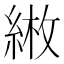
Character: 𦁼